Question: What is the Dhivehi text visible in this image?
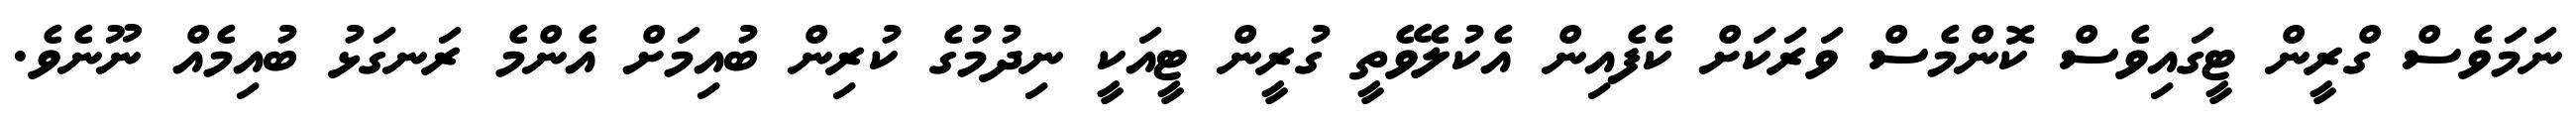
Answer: ނަމަވެސް ގްރީން ޓީގައިވެސް ކޮންމެސް ވަރަކަށް ކެފެއިން އެކުލެވޭތީ ގުރީން ޓީއަކީ ނިދުމުގެ ކުރިން ބުއިމަށް އެންމެ ރަނގަޅު ބުއިމެއް ނޫނެވެ.